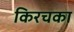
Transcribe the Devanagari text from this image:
किरचका